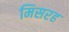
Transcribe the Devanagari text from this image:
मिसरह